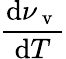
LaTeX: \frac{\mathrm{d}\nu_{\mathrm{~v~}}}{\mathrm{d}T}